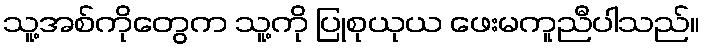
သူ့အစ်ကိုတွေက သူ့ကို ပြုစုယုယ ဖေးမကူညီပါသည်။